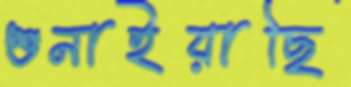
শুনাইয়াছি